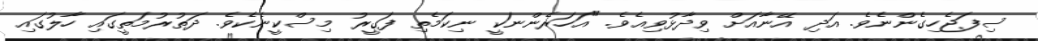
ސިފަޖެހިގެންނެވެ. އަދި އޭނާއަށް ވިދާޅުވިއެވެ. "އަހަރެންނަކީ ނިކަމެތި ފަގީރު މިސްކީނެކެވެ. ދަތުރުމަތީގައި ހާލުގައި